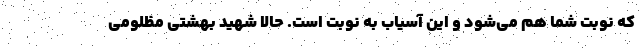
که نوبت شما هم می‌شود و این آسیاب به نوبت است. حالا شهید بهشتی مظلومی